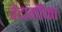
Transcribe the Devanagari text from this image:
वेदांगौंका